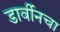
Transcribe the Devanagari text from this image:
डार्वीनचा